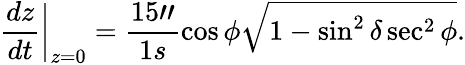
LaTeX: \frac{dz}{dt}\bigg\vert_{z=0}=\frac{15"}{1s}\cos\phi\sqrt{1-\sin^{2}\delta\sec^{2}\phi}.